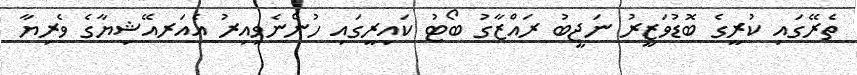
ތެރޭގައި ކުރީގެ ބޮޑުވަޒީރު ނަޖީބު ރައްޒާގު ބޯޓު ކައިރީގައި ހުންނެވިއިރު އެއަރއޭޝިޔާގެ ވެރިޔާ